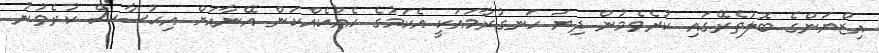
އިޒްޔަންގެ ބޮލުތެރޭގައި ކުރެވެމުން ދިޔަ ހަނގުރާމައަކީ އެކަމުގެ ހެއްކެއްކަން އޭނާއަށް އިޙުސާސް ކުރެވުނު